Annual report of the Bengal Veterinary College and of the Civil Veterinary Department, Bengal, for the year 1916-17 - 1916-1917
Year: 1916
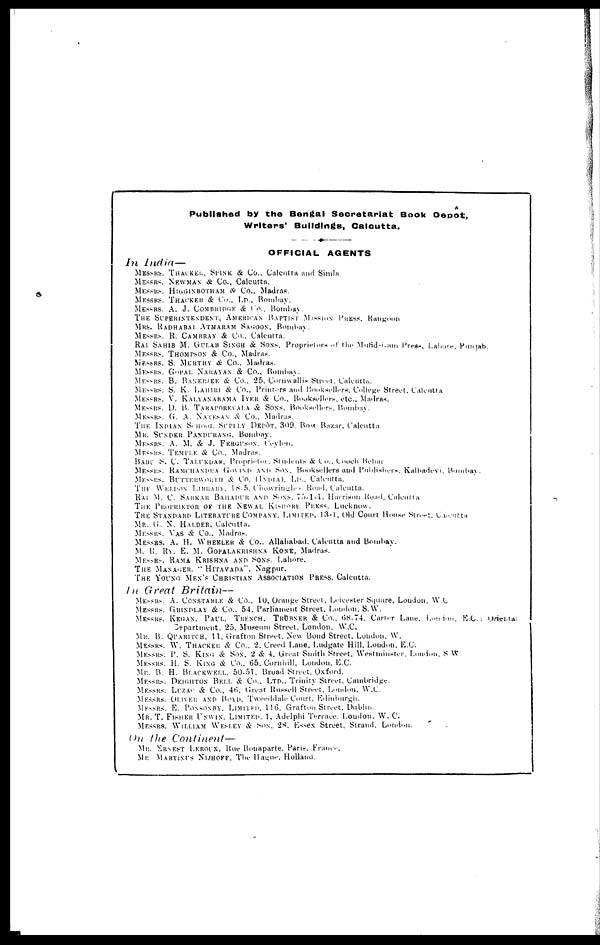
A
Published by the Bengal Secretariat Book Depot,
Writers' Buildings, Calcutta.
OFFICIAL AGENTS
In India—
MESSRS. THACKER. SPINK & Co., Calcutra and Simla.
MESSRS. NEWMAN & Co., Calcutta.
MESSRS. HIGGINBOTHAM & Co., Madras.
MESSRS. THACKER & Co., LD., Bombay.
MESSRS. A. J. COMBRIDGE & Co., Bombay.
THE SUPERINTENDENT, AMERICAN BAPTIST MISSION PRESS, Rangoon
MRS. RADHABAI ATMARAM SAGOON, Bombay.
MESSRS. R. CAMBRAY & Co., Calcutta.
RAI SAHIB M. GULAB SINGH & SONS. Proprietors of the Mufid-i-am Press, Lahore, Punjab.
MESSRS. THOMPSON & Co., Madras.
MESSRS. S. MURTHY & Co., Madras.
MESSRS. GOPAL NARAYAN & Co., Bombay.
MESSRS. B. BANERJEE & Co., 25, Cornwallis Street, Calcutta.
MESSRS. S. K. LAHIRI & Co., Printers and Booksellers, College Street, Calcutta
MESSRS. V. KALYANARAMA IYER&
Co., Booksellers, etc., Madras.
MESSRS. D. B. TARAPOREVALA & SONS. Booksellers. Bombay.
MESSRS. G. A. NATESAN & Co., Madras.
THE INDIAN SCHOOL SUPILY DEPÔT. 309. Bow Bazar, Calcutta
MR. SUNDER PANDURANG, Bombay.
MESSRS. A. M. & J. FERGUSON.Ceylon.
MESSRS. TEMPLE & Co., Madras.
BABU S. C. TALUKDAK, Proprietor, Students & Co., Cooch Behar
MESSRS. RAMCHANDRA GOVING AND SON. Booksellers and Publishers, Kalbadevi, Bombay.
MESSRS. BUTTERWORTH & CO. (INDIA). LD., Calcutta.
THE WELDOX LIBRARY. 18-5. Chowringhee Road, Calcutta.
RAI M. C. SARKAR BAHADUR AND SONS. 75-1-1. Harrison Road, Calcutta
THE PROPRIETOR OF THE NEWAL KISHORE PRESS. Lucknow.
THE STANDARD LITERATURE COMPANY, LIMITED, 13-1, old Court House Street, Calcutta
MR. G. N. HALDER, Calcutta.
MESSRS. VAS& Co., Madras.
MESSRS. A. H. WHEELER & Co., Allahabad. Calcutta and Bombay.
M. R. RY. E. M. GOPALAKRISHNA KONE, Madras.
MESSRS. RAMA KRISHNA AND SONS. Lahore.
THE MANAGER. "HITAVADA",Nagpur.
THE YOUNG MEN'S CHRISTIAN ASSOCIATION PRESS,Calcutta.
In Great Britain—
MESSRS. A. CONSTABLE & Co., 10, Orange Street, Leicester Square, London, W.C
MESSRS. GRINDLAY & Co., 54. Parliament Street, London. S. W.
MESSRS. KEGAN, PAUL. TRENCH. TRÜBNER & Co.. 68-74. Carter Lane. London, E.C.: Oriental
Department, 25. Museum Street. London. W.C.
MR. B. QUARITCH, 11, Grafton Street. New Bond Street, Loudon, W.
MESSRS. W. THACKER & Co., 2, Creed Lane, Ludgate Hill, Loudon, E.C.
MESSRS. P. S. KING & SON. 2 & 4. Great Smith Street. Westminster, London. S W
MESSRS. H. S. KING & Co., 65, Cornhill, London. E.C.
MR. B. H. BLACKWELL.50-51. Broad Street. Oxford.
MESSRS. DEIGHTON BELL & CO., LTD., Trinity Street. Cambridge.
MESSRS. LUZAC & Co., 46. Great Russell Street. London. W.C.
MESSRS. OLIVER AND BOYD, Tweeddale Court, Edinburgh.
MESSRS. E. PONSONBY, LIMTIED. 116. Grafton Street. Dubhn
MR. T. FISHER UNWIN. LIMITED. 1, Adelphi Terrace. Loudon. W. C.
MESSRS. WILLIAM WESLEY & SON. 28. Essex Street. Strand, London.
On the
Continent—
MR. ERNEST LEROUX, Rue Bonaparte. Paris, France.
MR. MARTINI'S NIJHOFF. The Hagne, Holland.